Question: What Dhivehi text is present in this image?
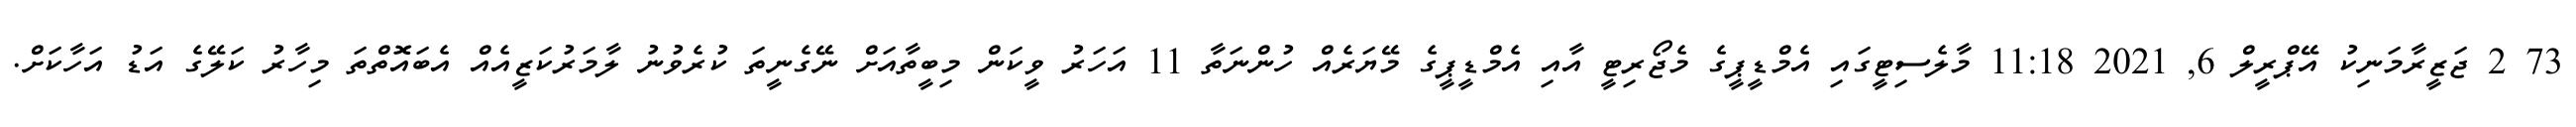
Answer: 73 2 ޖަޒީރާމަނިކު އޭޕްރީލް 6, 2021 11:18 މާލެސިޓީގައި އެމްޑީޕީގެ މެޖޯރިޓީ އާއި އެމްޑީޕީގެ މޭޔަރެއް ހުންނަތާ 11 އަހަރު ވީކަން މިބީތާއަށް ނޭގެނީތަ ކުރެވުނު ލާމަރުކަޒީއެއް އެބައޮތްތަ މިހާރު ކަލޭގެ އަޑު އަހާކަށް.